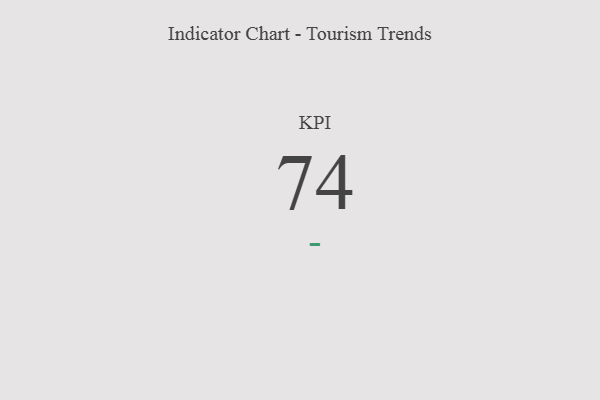
{"axis": {"x": "KPI", "y": "Value"}, "legend": [""], "data": [{"x": "KPI", "y": 74, "type": ""}]}